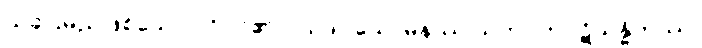
ယခုပြမည်ဖြစ်သော ပုဂ္ဂိုလ်၏။) ယဒါ, သောမနဿ သဟဂတပဋိသန္ဓိကဿ၊